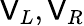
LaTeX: \mathsf{V}_{L},\mathsf{V}_{R}